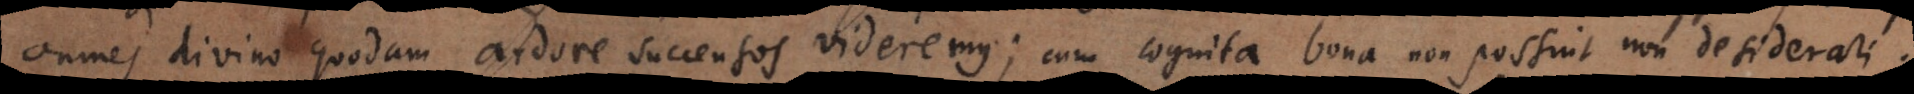
omnes divino quodam ardore succensos videremus; cum cognita bona non possint non desiderari.